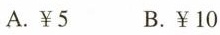
A.￥5 B.￥10